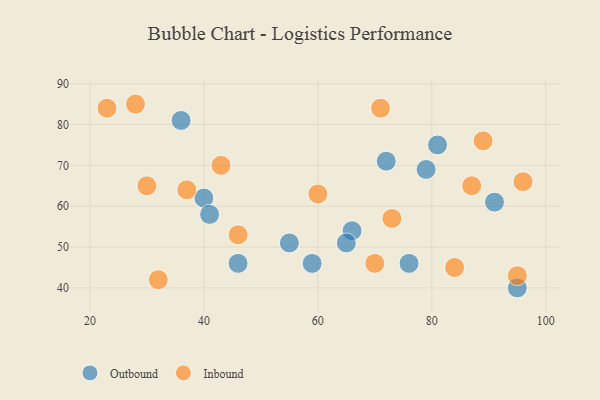
{"axis": {"x": "GDP", "y": "Life Expectancy"}, "legend": ["Inbound", "Outbound"], "data": [{"x": "40", "y": 62, "type": "Outbound"}, {"x": "36", "y": 81, "type": "Outbound"}, {"x": "66", "y": 54, "type": "Outbound"}, {"x": "65", "y": 51, "type": "Outbound"}, {"x": "46", "y": 46, "type": "Outbound"}, {"x": "81", "y": 75, "type": "Outbound"}, {"x": "59", "y": 46, "type": "Outbound"}, {"x": "55", "y": 51, "type": "Outbound"}, {"x": "79", "y": 69, "type": "Outbound"}, {"x": "72", "y": 71, "type": "Outbound"}, {"x": "91", "y": 61, "type": "Outbound"}, {"x": "95", "y": 40, "type": "Outbound"}, {"x": "76", "y": 46, "type": "Outbound"}, {"x": "41", "y": 58, "type": "Outbound"}, {"x": "87", "y": 65, "type": "Inbound"}, {"x": "28", "y": 85, "type": "Inbound"}, {"x": "46", "y": 53, "type": "Inbound"}, {"x": "73", "y": 57, "type": "Inbound"}, {"x": "89", "y": 76, "type": "Inbound"}, {"x": "43", "y": 70, "type": "Inbound"}, {"x": "23", "y": 84, "type": "Inbound"}, {"x": "71", "y": 84, "type": "Inbound"}, {"x": "84", "y": 45, "type": "Inbound"}, {"x": "32", "y": 42, "type": "Inbound"}, {"x": "95", "y": 43, "type": "Inbound"}, {"x": "37", "y": 64, "type": "Inbound"}, {"x": "30", "y": 65, "type": "Inbound"}, {"x": "60", "y": 63, "type": "Inbound"}, {"x": "70", "y": 46, "type": "Inbound"}, {"x": "96", "y": 66, "type": "Inbound"}]}